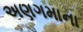
અણગમાના